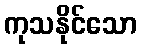
ကုသနိုင်သော